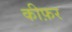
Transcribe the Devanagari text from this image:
कीफ़र